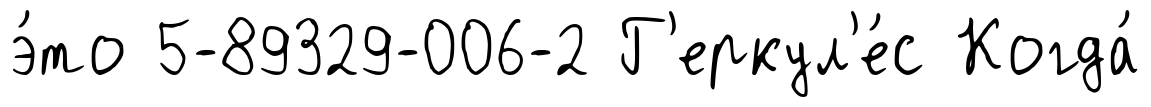
э́то 5-89329-006-2 Г'еркул'е́с Когда́